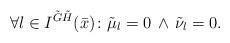
LaTeX: \begin{align*}\forall l\in I^{\tilde G\tilde H}(\bar x)\colon\tilde \mu_l=0\,\land\,\tilde \nu_l=0.\end{align*}